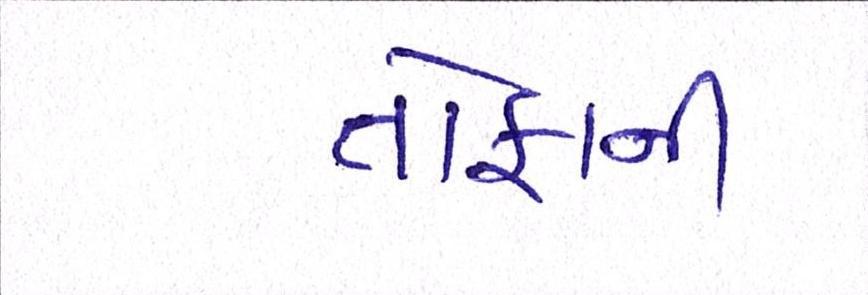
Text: તોફાની